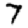
Digit: 7